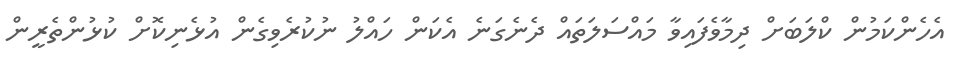
އެހެންކަމުން ކްލަބަށް ދިމާވެފައިވާ މައްސަލަތައް ދެނެގަނެ އެކަން ހައްލު ނުކުރެވިގެން އުޅެނިކޮށް ކުޅުންތެރީން